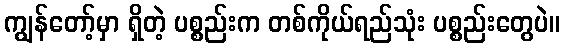
ကျွန်တော့်မှာ ရှိတဲ့ ပစ္စည်းက တစ်ကိုယ်ရည်သုံး ပစ္စည်းတွေပဲ။